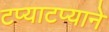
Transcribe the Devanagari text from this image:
टप्याटप्याने